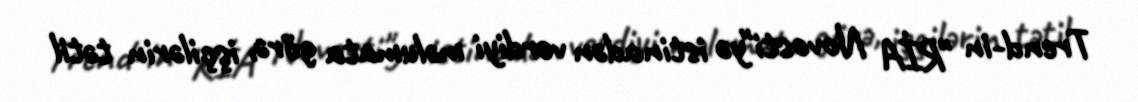
Trend-in "RİA Novosti"yə istinadən verdiyi məlumata görə, işçilərin tətil